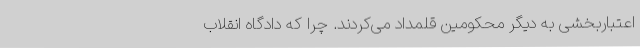
اعتبار‌بخشی به دیگر محکومین قلمداد می‌کردند. چرا که دادگاه انقلاب